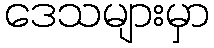
ဒေသများမှာ